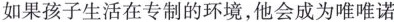
如果孩子生活在专制的环境，他会成为唯唯诺